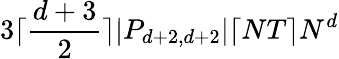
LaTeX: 3\lceil\frac{d+3}{2}\rceil|P_{d+2,d+2}|\lceil NT\rceil N^{d}